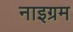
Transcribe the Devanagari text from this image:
नाइग्रम